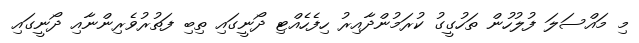
މި މައްސަލަ ފުލުހުން ތަހުގީގު ކުރަމުންދާއިރު ހިފެހެއްޓި ދޯނީގައި ތިބި ފަތުރުވެރިންނާއި ދޯނީގައި